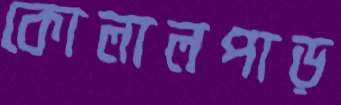
কোলালপাড়